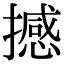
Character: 撼